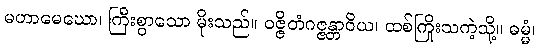
မဟာမေဃော၊ ကြီးစွာသော မိုးသည်။ ဝဇ္ဇိတံဂဇ္ဇန္တာဝိယ၊ ထစ်ကြိုးသကဲ့သို့။ ဓမ္မံ၊